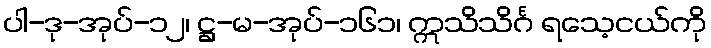
ပါ-ဒု-အုပ်-၁၂၊ ဋ္ဌ-မ-အုပ်-၁၆၁၊ ဣသိသိင်္ဂ ရသေ့ငယ်ကို